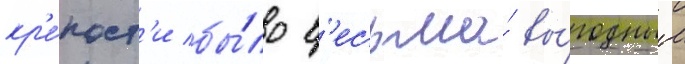
кр'е́пост'и бы́ло в'есьма́ вы́годным